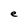
Character: e